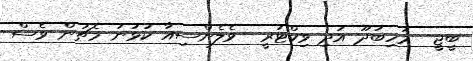
ބީޖީ  މަހިބަދޫ އަދި ވިކްޓަރީ  ވެލެންސިއާ ކުޅުނު މެޗުން ވެސް